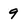
Character: 9